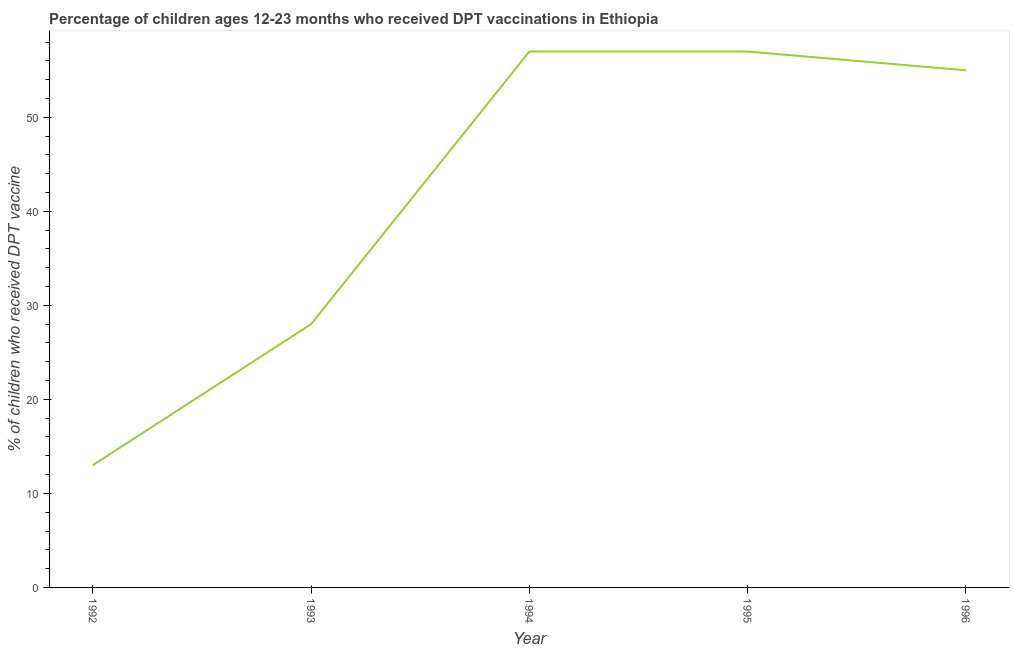
| Year | Immunization |
 | --- | --- |
 | 1992 | 13 |
 | 1993 | 28 |
 | 1994 | 57 |
 | 1995 | 57 |
 | 1996 | 55 |